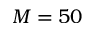
M = 5 0